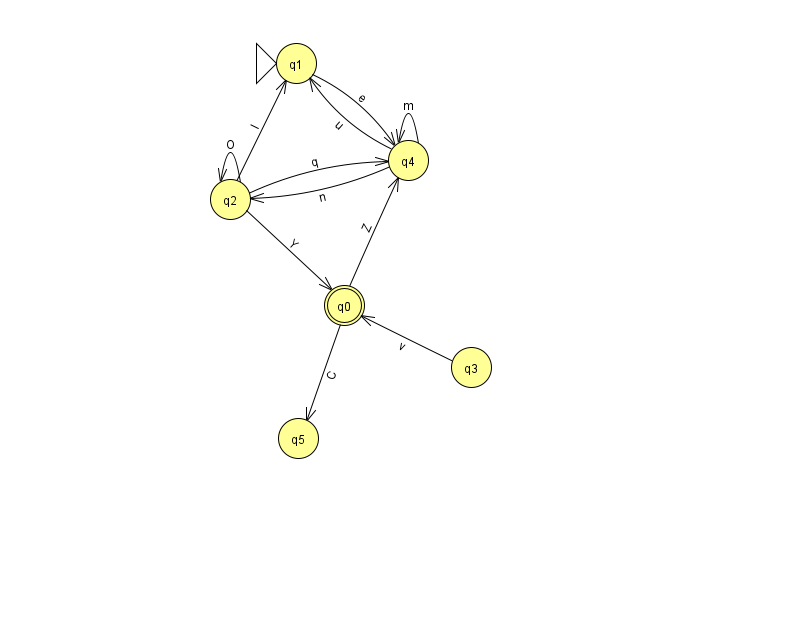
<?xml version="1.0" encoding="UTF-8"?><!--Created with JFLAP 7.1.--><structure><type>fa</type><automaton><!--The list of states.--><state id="0" name="q0"><x>344.0</x><y>292.0</y><final/></state><state id="1" name="q1"><x>296.0</x><y>50.0</y><initial/></state><state id="2" name="q2"><x>230.0</x><y>186.0</y></state><state id="3" name="q3"><x>471.0</x><y>354.0</y></state><state id="4" name="q4"><x>408.0</x><y>147.0</y></state><state id="5" name="q5"><x>298.0</x><y>425.0</y></state><!--The list of transitions.--><transition><from>2</from><to>4</to><read>q</read></transition><transition><from>1</from><to>4</to><read>e</read></transition><transition><from>4</from><to>1</to><read>u</read></transition><transition><from>2</from><to>0</to><read>Y</read></transition><transition><from>3</from><to>0</to><read>v</read></transition><transition><from>0</from><to>4</to><read>Z</read></transition><transition><from>0</from><to>5</to><read>C</read></transition><transition><from>2</from><to>1</to><read>I</read></transition><transition><from>4</from><to>4</to><read>m</read></transition><transition><from>4</from><to>2</to><read>n</read></transition><transition><from>2</from><to>2</to><read>O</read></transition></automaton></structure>